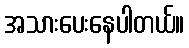
အသားပေးနေပါတယ်။